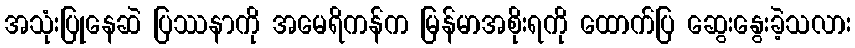
အသုံးပြုနေဆဲ ပြဿနာကို အမေရိကန်က မြန်မာအစိုးရကို ထောက်ပြ ဆွေးနွေးခဲ့သလား